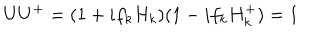
U U ^ { + } = ( 1 + i f _ { k } H _ { k } ) ( 1 - i f _ { k } H _ { k } ^ { + } ) = 1